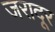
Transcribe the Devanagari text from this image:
जरादूर